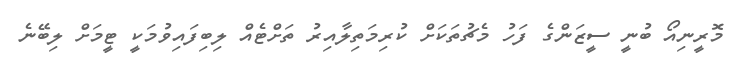
މޮރީނިއޯ ބުނީ ސީޒަންގެ ފަހު މެޗުތަކަށް ކުރިމަތިލާއިރު ތަށްޓެއް ލިބިފައިވުމަކީ ޓީމަށް ލިބޭނެ